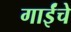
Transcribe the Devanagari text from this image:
गाईंचे